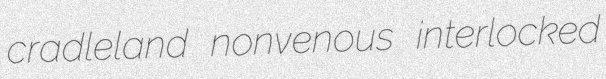
cradleland nonvenous interlocked